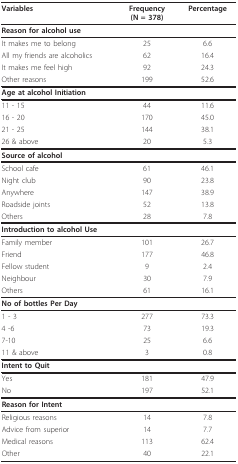
<table><thead><tr><td><b>Variables</b></td><td><b>Frequency(N = 378)</b></td><td><b>Percentage</b></td></tr></thead><tbody><tr><td><b>Reason for alcohol use</b></td><td></td><td></td></tr><tr><td>It makes me to belong</td><td>25</td><td>6.6</td></tr><tr><td>All my friends are alcoholics</td><td>62</td><td>16.4</td></tr><tr><td>It makes me feel high</td><td>92</td><td>24.3</td></tr><tr><td>Other reasons</td><td>199</td><td>52.6</td></tr><tr><td><b>Age at alcohol Initiation</b></td><td></td><td></td></tr><tr><td>11 - 15</td><td>44</td><td>11.6</td></tr><tr><td>16 - 20</td><td>170</td><td>45.0</td></tr><tr><td>21 - 25</td><td>144</td><td>38.1</td></tr><tr><td>26 &amp; above</td><td>20</td><td>5.3</td></tr><tr><td><b>Source of alcohol</b></td><td></td><td></td></tr><tr><td>School cafe</td><td>61</td><td>46.1</td></tr><tr><td>Night club</td><td>90</td><td>23.8</td></tr><tr><td>Anywhere</td><td>147</td><td>38.9</td></tr><tr><td>Roadside joints</td><td>52</td><td>13.8</td></tr><tr><td>Others</td><td>28</td><td>7.8</td></tr><tr><td><b>Introduction to alcohol Use</b></td><td></td><td></td></tr><tr><td>Family member</td><td>101</td><td>26.7</td></tr><tr><td>Friend</td><td>177</td><td>46.8</td></tr><tr><td>Fellow student</td><td>9</td><td>2.4</td></tr><tr><td>Neighbour</td><td>30</td><td>7.9</td></tr><tr><td>Others</td><td>61</td><td>16.1</td></tr><tr><td><b>No of bottles Per Day</b></td><td></td><td></td></tr><tr><td>1 - 3</td><td>277</td><td>73.3</td></tr><tr><td>4 -6</td><td>73</td><td>19.3</td></tr><tr><td>7-10</td><td>25</td><td>6.6</td></tr><tr><td>11 &amp; above</td><td>3</td><td>0.8</td></tr><tr><td><b>Intent to Quit</b></td><td></td><td></td></tr><tr><td>Yes</td><td>181</td><td>47.9</td></tr><tr><td>No</td><td>197</td><td>52.1</td></tr><tr><td><b>Reason for Intent</b></td><td></td><td></td></tr><tr><td>Religious reasons</td><td>14</td><td>7.8</td></tr><tr><td>Advice from superior</td><td>14</td><td>7.7</td></tr><tr><td>Medical reasons</td><td>113</td><td>62.4</td></tr><tr><td>Other</td><td>40</td><td>22.1</td></tr></tbody></table>